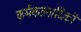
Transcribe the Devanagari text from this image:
कर्मकालादिकों